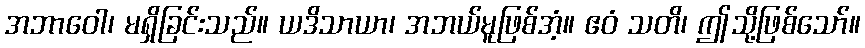
အဘာဝေါ၊ မရှိခြင်းသည်။ ယဒိသာယာ၊ အဘယ်မူဖြစ်အံ့။ ဧဝံ သတိ၊ ဤသို့ဖြစ်သော်။